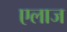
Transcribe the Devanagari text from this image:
एलाज